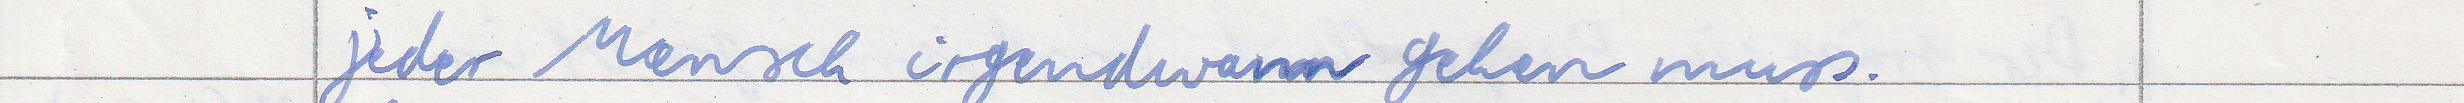
jeder Mensch irgendwann gehen muss.